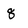
Character: 8